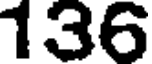
136